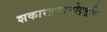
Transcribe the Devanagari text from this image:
शकारद्राजसोद्भूतिः